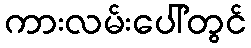
ကားလမ်းပေါ်တွင်